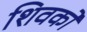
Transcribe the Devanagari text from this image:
शिवको